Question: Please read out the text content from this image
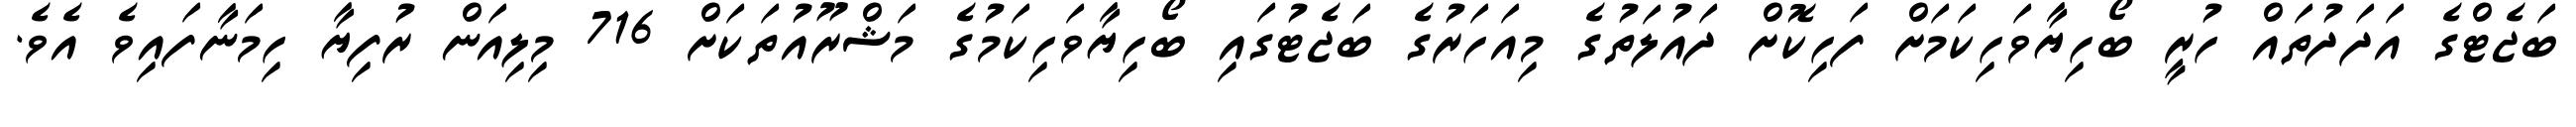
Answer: ބަޖެޓްގެ އަދަދުތައް ހުރީ ބޯހިޔާވަހިކަމަށް ފަހިކޮށް ދައުލަތުގެ މިއަހަރުގެ ބަޖެޓުގައި ބޯހިޔާވަހިކަމުގެ މަޝްރޫއުތަކަށް 716 މިލިއަން ރުފިޔާ ހިމަނާފައިވެ އެވެ.